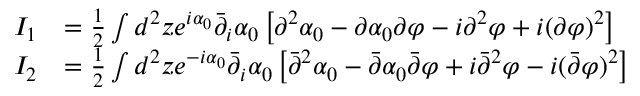
\begin{array} { r l } { I _ { 1 } } & { = \frac { 1 } { 2 } \int d ^ { 2 } z e ^ { i \alpha _ { 0 } } \bar { \partial } _ { i } \alpha _ { 0 } \left[ \partial ^ { 2 } \alpha _ { 0 } - \partial \alpha _ { 0 } \partial \varphi - i \partial ^ { 2 } \varphi + i ( \partial \varphi ) ^ { 2 } \right] } \\ { I _ { 2 } } & { = \frac { 1 } { 2 } \int d ^ { 2 } z e ^ { - i \alpha _ { 0 } } \bar { \partial } _ { i } \alpha _ { 0 } \left[ \bar { \partial } ^ { 2 } \alpha _ { 0 } - \bar { \partial } \alpha _ { 0 } \bar { \partial } \varphi + i \bar { \partial } ^ { 2 } \varphi - i ( \bar { \partial } \varphi ) ^ { 2 } \right] } \end{array}